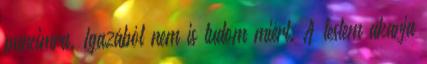
puncimra. Igazából nem is tudom miért. A testem akarja